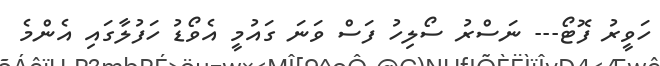
ހަވީރު ފޮޓޯ--- ނަސްރު ސޯލިހު ފަސް ވަނަ ގައުމީ އެވޯޑު ހަފުލާގައި އެންމެ